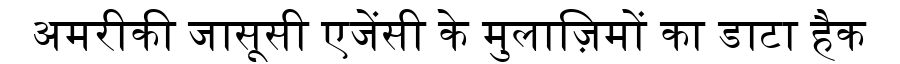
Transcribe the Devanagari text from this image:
अमरीकी जासूसी एजेंसी के मुलाज़िमों का डाटा हैक